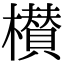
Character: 櫕